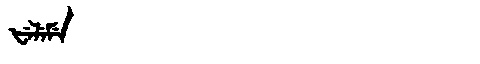
Manchu: ᡶᡝᠯᡝᠮᡝ
Romanization: FELEME